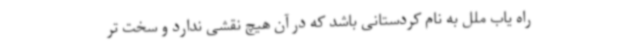
راه یاب ملل به نام کردستانی باشد که در آن هیچ نقشی ندارد و سخت تر